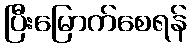
ပြီးမြောက်စေရန်